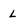
Character: L